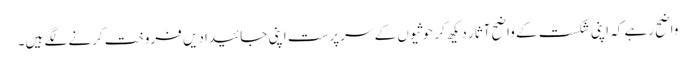
واضح رہے کہ اپنی شکست کے واضح آثار دیکھ کر حوثیوں کے سرپرست اپنی جائیدادیں فروخت کرنے لگے ہیں۔